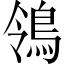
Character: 鴒